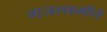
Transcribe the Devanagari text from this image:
गजलक्ष्मीचे